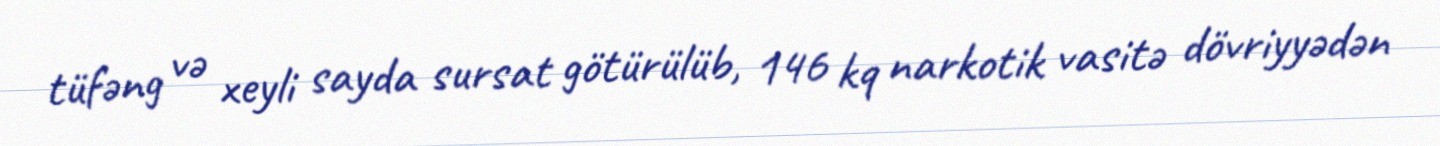
tüfəng və xeyli sayda sursat götürülüb, 146 kq narkotik vasitə dövriyyədən